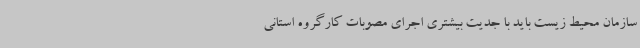
سازمان محیط زیست باید با جدیت بیشتری اجرای مصوبات کارگروه استانی